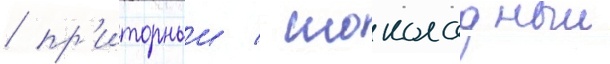
/ пр'иторныи / шоколадныи